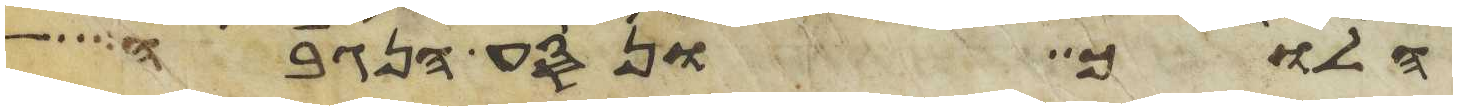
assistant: הלוך ונסע הנגבה